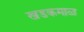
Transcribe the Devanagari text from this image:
खडकमाळ